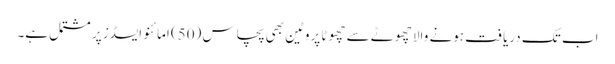
اب تک دریافت ہونے والا چھوٹے سے چھوٹا پروٹین بھی پچاس (50) امائنو ایسڈز پر مشتمل ہے۔